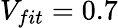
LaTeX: V_{fit}=0.7